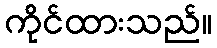
ကိုင်ထားသည်။